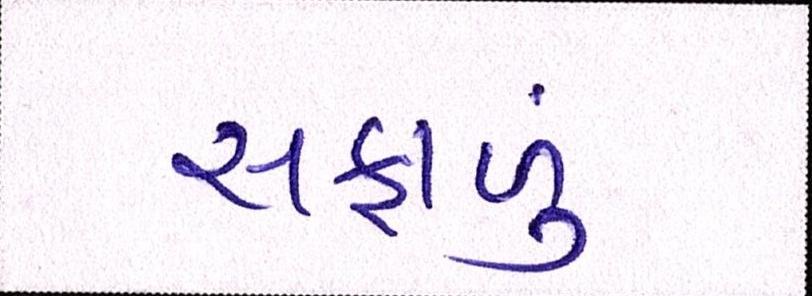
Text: સફાળું